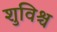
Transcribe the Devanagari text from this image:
शुविश्च